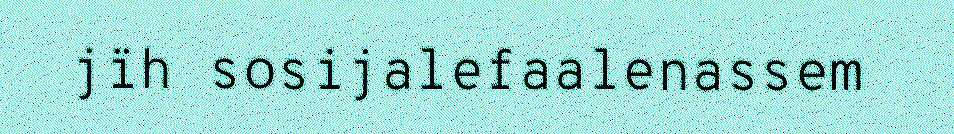
jïh sosijalefaalenassem